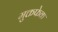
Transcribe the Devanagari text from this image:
मुक्तफेक